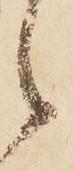
候